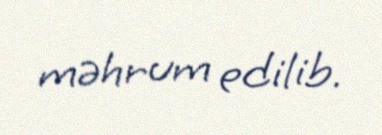
məhrum edilib.